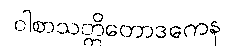
ဝါစာသတ္တိတောဒကေန